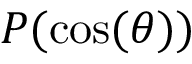
P ( \cos ( \theta ) )